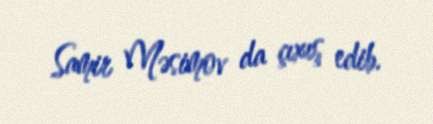
Samir Məsimov da çıxış edib.